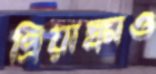
প্রিয়াঙ্কাও